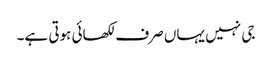
جی نہیں یہاں صرف لکھائی ہوتی ہے۔